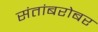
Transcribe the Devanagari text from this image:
संतांबरोबर